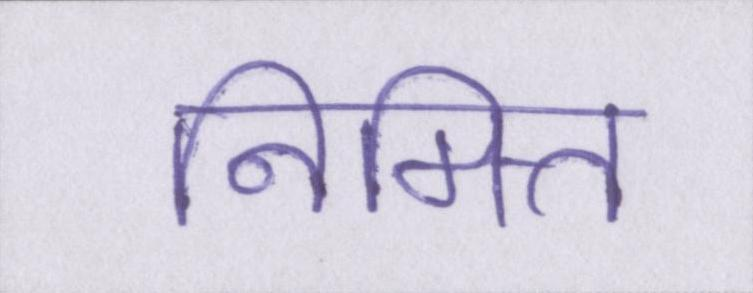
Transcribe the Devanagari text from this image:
निमित्त